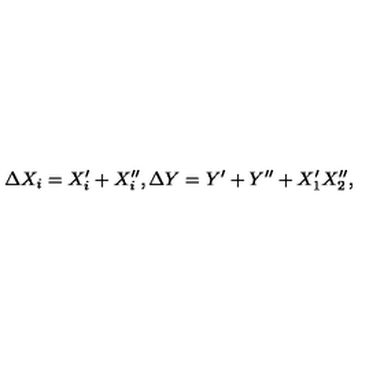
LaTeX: \Delta X _ { i } = X _ { i } ^ { \prime } + X _ { i } ^ { \prime \prime } , \Delta Y = Y ^ { \prime } + Y ^ { \prime \prime } + X _ { 1 } ^ { \prime } X _ { 2 } ^ { \prime \prime } ,